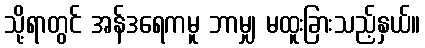
သို့ရာတွင် အန်ဒရေကမူ ဘာမျှ မထူးခြားသည့်နှယ်။